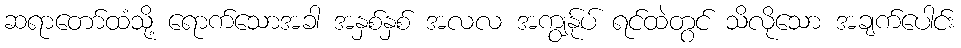
ဆရာတော်ထံသို့ ရောက်သောအခါ အနှစ်နှစ် အလလ အကျွန်ုပ် ရင်ထဲတွင် သိလိုသော အချက်ပေါင်း